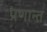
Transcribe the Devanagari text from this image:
प्रणान्त